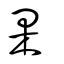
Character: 果